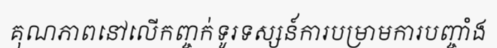
គុណភាពនៅលើកញ្ចក់ទូរទស្សន៍ការបម្រាមការបញ្ចាំង